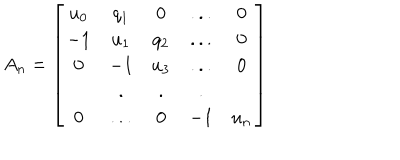
LaTeX: A _ { n } = \left[ \begin{array} { c c c c c } { { u _ { 0 } } } & { { q _ { 1 } } } & { { 0 } } & { { . . . } } & { { 0 } } \\ { { - 1 } } & { { u _ { 1 } } } & { { q _ { 2 } } } & { { . . . } } & { { 0 } } \\ { { 0 } } & { { - 1 } } & { { u _ { 3 } } } & { { . . . } } & { { 0 } } \\ { { } } & { { . } } & { { . } } & { { . } } & { { } } \\ { { 0 } } & { { . . . } } & { { 0 } } & { { - 1 } } & { { u _ { n } } } \\ \end{array} \right]